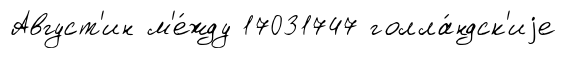
Август'ин м'е́жду 17031747 голла́ндск'иjе